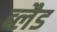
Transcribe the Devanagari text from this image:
ब्लैड